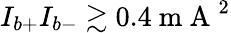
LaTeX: I_{b+}I_{b-}\gtrsim 0.4\mathrm{~m~A~}^{2}